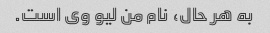
به هر حال، نام من لیو وی است.